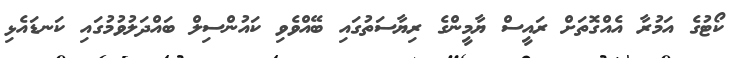
ކޯޓުގެ އަމުރާ އެއްގޮތަށް ރައީސް ޔާމީންގެ ރިޔާސަތުގައި ބޭއްވެވި ކައުންސިލް ބައްދަލުވުމުގައި ކަނޑައެޅި